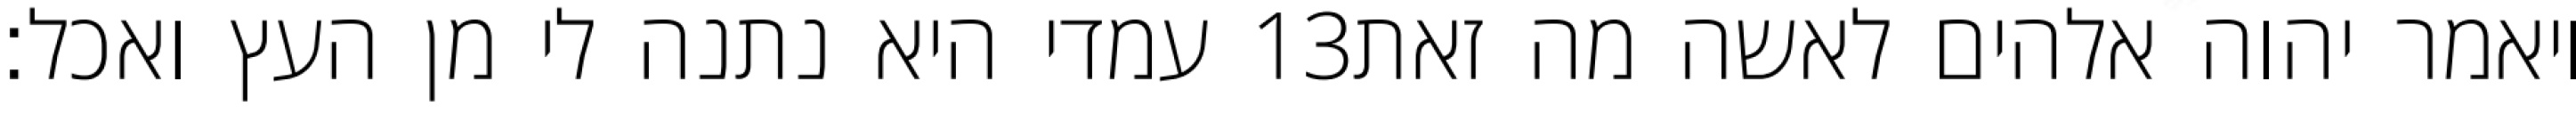
עמדי היא נתנה לי מן העץ ואכל׃ ‎13‏ ויאמר יהוה אלהים לאשה מה זאת